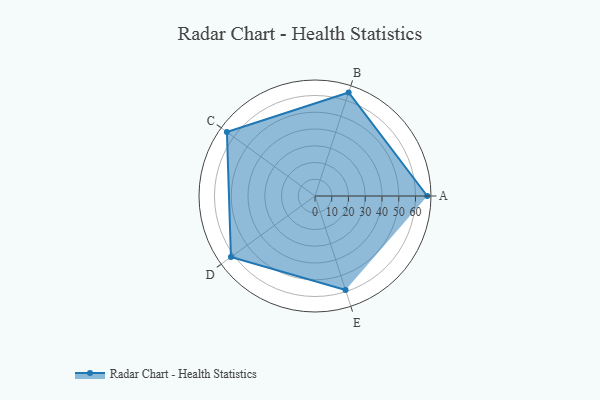
{"axis": {"x": "Skill", "y": "Score"}, "legend": ["Profile"], "data": [{"x": "A", "y": 67.0, "type": "Profile"}, {"x": "B", "y": 65.0, "type": "Profile"}, {"x": "C", "y": 65.0, "type": "Profile"}, {"x": "D", "y": 62.0, "type": "Profile"}, {"x": "E", "y": 59.0, "type": "Profile"}]}